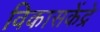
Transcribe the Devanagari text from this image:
विकासकेंद्रे